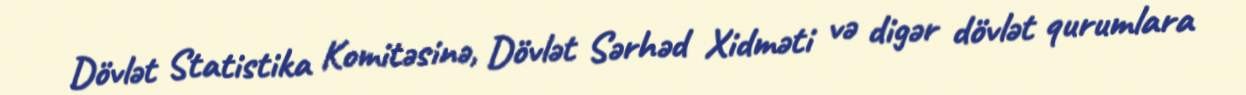
Dövlət Statistika Komitəsinə, Dövlət Sərhəd Xidməti və digər dövlət qurumlara